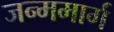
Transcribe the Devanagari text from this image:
जन्ममार्ग